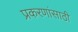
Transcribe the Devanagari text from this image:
प्रकरणांसाठी